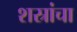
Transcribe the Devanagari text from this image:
शस्रांचा